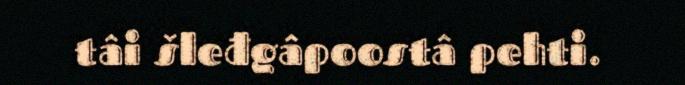
tâi šleđgâpoostâ pehti.